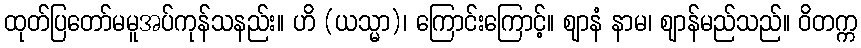
ထုတ်ပြတော်မမူအပ်ကုန်သနည်း။ ဟိ (ယသ္မာ)၊ ကြောင်းကြောင့်။ ဈာနံ နာမ၊ ဈာန်မည်သည်။ ဝိတက္က